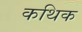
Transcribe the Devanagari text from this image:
कथिक